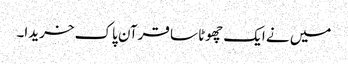
میں نے ایک چھوٹا سا قرآن پاک خریدا۔